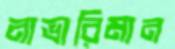
নাভারিমান